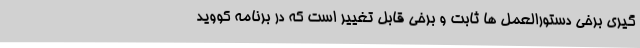
گیری برخی دستورالعمل ها ثابت و برخی قابل تغییر است که در برنامه کووید